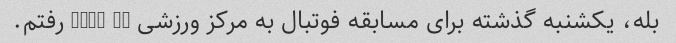
بله، یکشنبه گذشته برای مسابقه فوتبال به مرکز ورزشی than he رفتم.